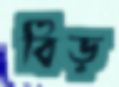
বিড়